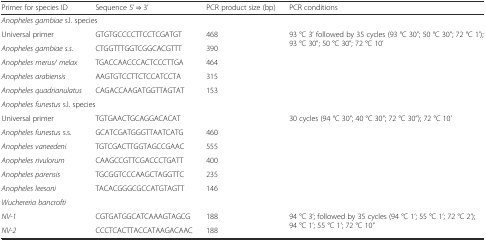
| Primer for species ID | Sequence 5’ ⇒ 3’ | PCR product size (bp) | PCR conditions |
 | --- | --- | --- | --- |
 | <COLSPAN=4> Anopheles gambiae s.l. species |
 | Universal primer | GTGTGCCCCTTCCTCGATGT | 468 | <ROWSPAN=5> 93 °C 3’ followed by 35 cycles (93 °C 30”; 50 °C 30”; 72 °C 1’); 93 °C 30”; 50 °C 30”; 72 °C 10’ |
 | Anopheles gambiae s.s. | CTGGTTTGGTCGGCACGTTT | 390 |
 | Anopheles merus/ melax | TGACCAACCCACTCCCTTGA | 464 |
 | Anopheles arabiensis | AAGTGTCCTTCTCCATCCTA | 315 |
 | Anopheles quadrianulatus | CAGACCAAGATGGTTAGTAT | 153 |
 | <COLSPAN=4> Anopheles funestus s.l. species |
 | Universal primer | TGTGAACTGCAGGACACAT |  | <ROWSPAN=6> 30 cycles (94 °C 30”; 40 °C 30”; 72 °C 30”); 72 °C 10’ |
 | Anopheles funestus s.s. | GCATCGATGGGTTAATCATG | 460 |
 | Anopheles vaneedeni | TGTCGACTTGGTAGCCGAAC | 555 |
 | Anopheles rivulorum | CAAGCCGTTCGACCCTGATT | 400 |
 | Anopheles parensis | TGCGGTCCCAAGCTAGGTTC | 235 |
 | Anopheles leesoni | TACACGGGCGCCATGTAGTT | 146 |
 | <COLSPAN=4> Wuchereria bancrofti |
 | NV-1 | CGTGATGGCATCAAAGTAGCG | 188 | <ROWSPAN=2> 94 °C 3’; followed by 35 cycles (94 °C 1’; 55 °C 1’; 72 °C 2’); 94 °C 1’; 55 °C 1’; 72 °C 10” |
 | NV-2 | CCCTCACTTACCATAAGACAAC | 188 |